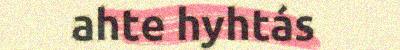
ahte hyhtás